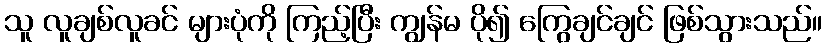
သူ လူချစ်လူခင် များပုံကို ကြည့်ပြီး ကျွန်မ ပို၍ ကြွေချင်ချင် ဖြစ်သွားသည်။